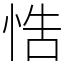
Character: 悎